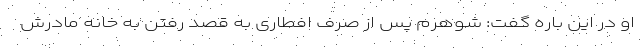
او در این باره گفت: شوهرم پس از صرف افطاری به قصد رفتن به خانه مادرش